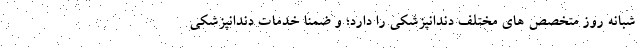
شبانه روز متخصص های مختلف دندانپزشکی را دارد؛ و ضمنا خدمات دندانپزشکی